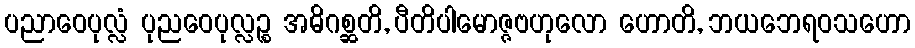
ပညာဝေပုလ္လံ ပုညဝေပုလ္လဉ္စ အဓိဂစ္ဆတိ, ပီတိပါမောဇ္ဇဗဟုလော ဟောတိ, ဘယဘေရဝသဟော